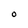
Character: O